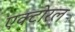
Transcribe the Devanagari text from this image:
एक्टोरल